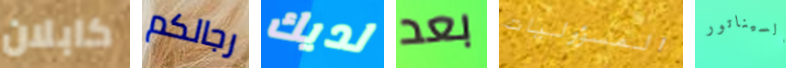
كابلان رجالكم لديك بعد المسؤوليات السيناتور